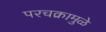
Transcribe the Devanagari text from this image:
परचक्रामुळे